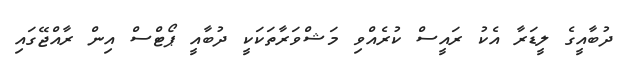
ދުބާއީގެ ލީޑަރާ އެކު ރައީސް ކުރެއްވި މަޝްވަރާތަކަކީ ދުބާއީ ޕޯޓްސް އިން ރާއްޖޭގައި